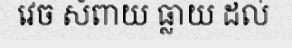
វេច សំពាយ ធ្លាយ ដល់